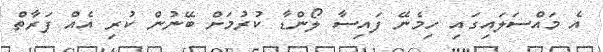
އެ މައްސަލައިގައި ހިމެނޭ ފައިސާ ލޯންޑާ ކުރުމަށް ބޭނުން ކުރި އެއް ފަރާތް